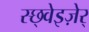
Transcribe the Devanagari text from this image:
स्छ्वेइज़ेर्